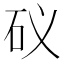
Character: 𥐟